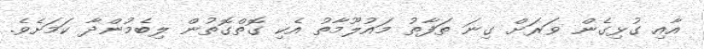
އާއި ގުޅިގެން ވަރަށް ގިނަ ތަފާތު މައުލޫމާތު އެކި ގޮތްގޮތުން ލިބެމުންދާ ކަމަށެވެ.